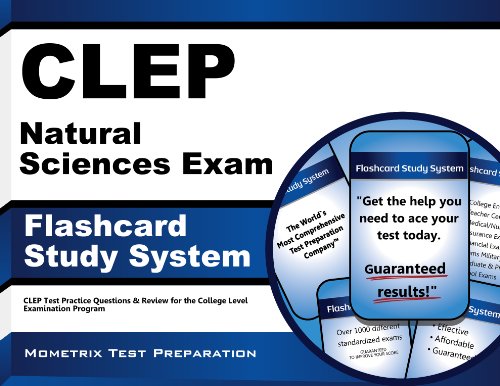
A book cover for CLEP Natural Sciences Exam Flashcard Study System: CLEP Test Practice Questions & Review for the College Level Examination Program (Cards); CLEP Exam Secrets Test Prep Team; Test Preparation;